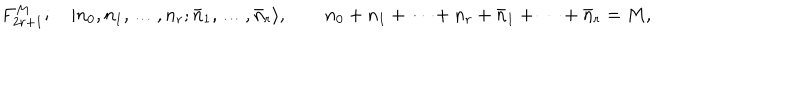
LaTeX: F _ { 2 r + 1 } ^ { M } ; \quad | n _ { 0 } , n _ { 1 } , \ldots , n _ { r } ; \bar { n } _ { 1 } , \ldots , \bar { n } _ { r } \rangle , \qquad n _ { 0 } + n _ { 1 } + \cdots + n _ { r } + \bar { n } _ { 1 } + \cdots + \bar { n } _ { r } = M ,